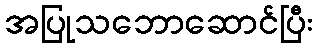
အပြုသဘောဆောင်ပြီး